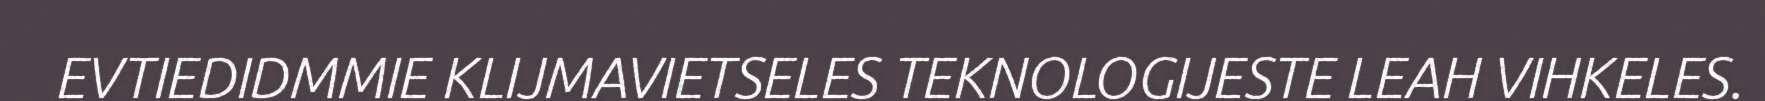
EVTIEDIDMMIE KLIJMAVIETSELES TEKNOLOGIJESTE LEAH VIHKELES.